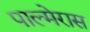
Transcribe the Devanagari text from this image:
पाल्मेरास